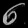
Digit: ၈